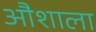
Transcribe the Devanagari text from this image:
औशाला